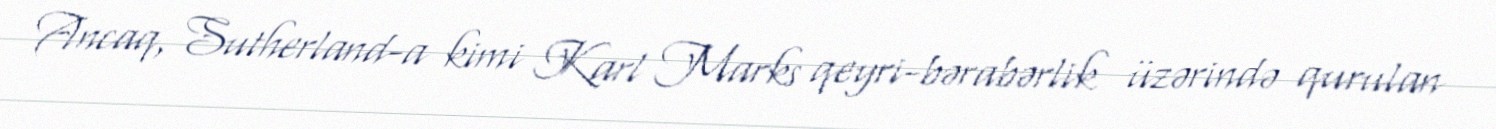
Ancaq, Sutherland-a kimi Karl Marks qeyri-bərabərlik üzərində qurulan